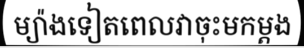
ម្យ៉ាងទៀតពេលវាចុះមកម្តង